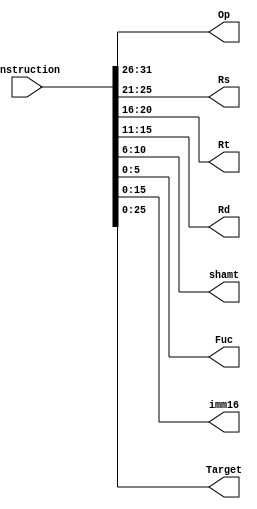
//Branch,Jump
module Decode (Instruction,Op,Rs,Rt,Rd,shamt,Fuc,imm16,Target);
	input [31:0] Instruction;
	output [31:26] Op;
	output [25:21] Rs;
	output [20:16] Rt;
	output [15:11] Rd;
	output [10:6] shamt;
	output [5:0] Fuc;
	output [15:0] imm16;
	output [25:0] Target;

	assign Op = Instruction[31:26];
	assign Rs = Instruction[25:21];
	assign Rt = Instruction[20:16];
	assign Rd = Instruction[15:11];
	assign shamt = Instruction[10:6];
	assign Fuc = Instruction[5:0];
	assign imm16 = Instruction[15:0];
	assign Target = Instruction[25:0];
	/*
	if(Op == 6'b000000)//R
		begin
			assign Rs = Instruction[25:21];
			assign Rt = Instruction[20:16];
			assign Rd = Instruction[15:11];
			assign shamt = Instruction[10:6];
			assign Func = Instruction[5:0];
			assign imm16 = 16'bx;//
			assign Target = 26'bx;
		end
	else if(Op == 6'b000010 | 6'b000011)//I
		begin
			assign Rs = Instruction[25:21];
			assign Rt = Instruction[20:16];
			assign Rd = 5'bx;
			assign shamt = 5'bx;
			assign Func = 6'bx;
			assign imm16 = Instruction[15:0];//
			assign Target = 26'bx;
		end
	else
		begin
			assign Rs = 5'bx;
			assign Rt = 5'bx;
			assign Rd = 5'bx;
			assign shamt = 5'bx;
			assign Func = 6'bx;
			assign imm16 = 16'bx;//
			assign Target = Instruction[25:0];
		end
		*/
endmodule